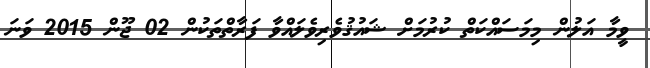
ވީމާ އަލުން މިމަސައްކަތް ކުރުމަށް ޝައުޤުވެރިވެލައްވާ ފަރާތްތަކުން 02 ޖޫން 2015 ވަނަ